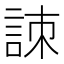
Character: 𧧒